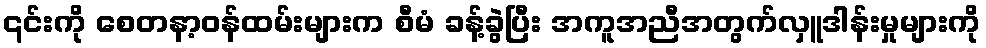
၎င်းကို စေတနာ့ဝန်ထမ်းများက စီမံ ခန့်ခွဲပြီး အကူအညီအတွက်လှူဒါန်းမှုများကို